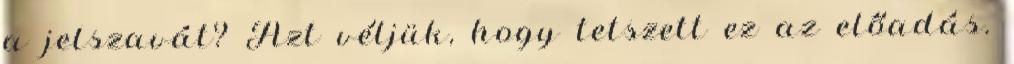
a jelszavát? Azt véljük, hogy tetszett ez az előadás.